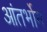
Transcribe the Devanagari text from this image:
आंतर्भोम